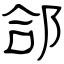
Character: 郃